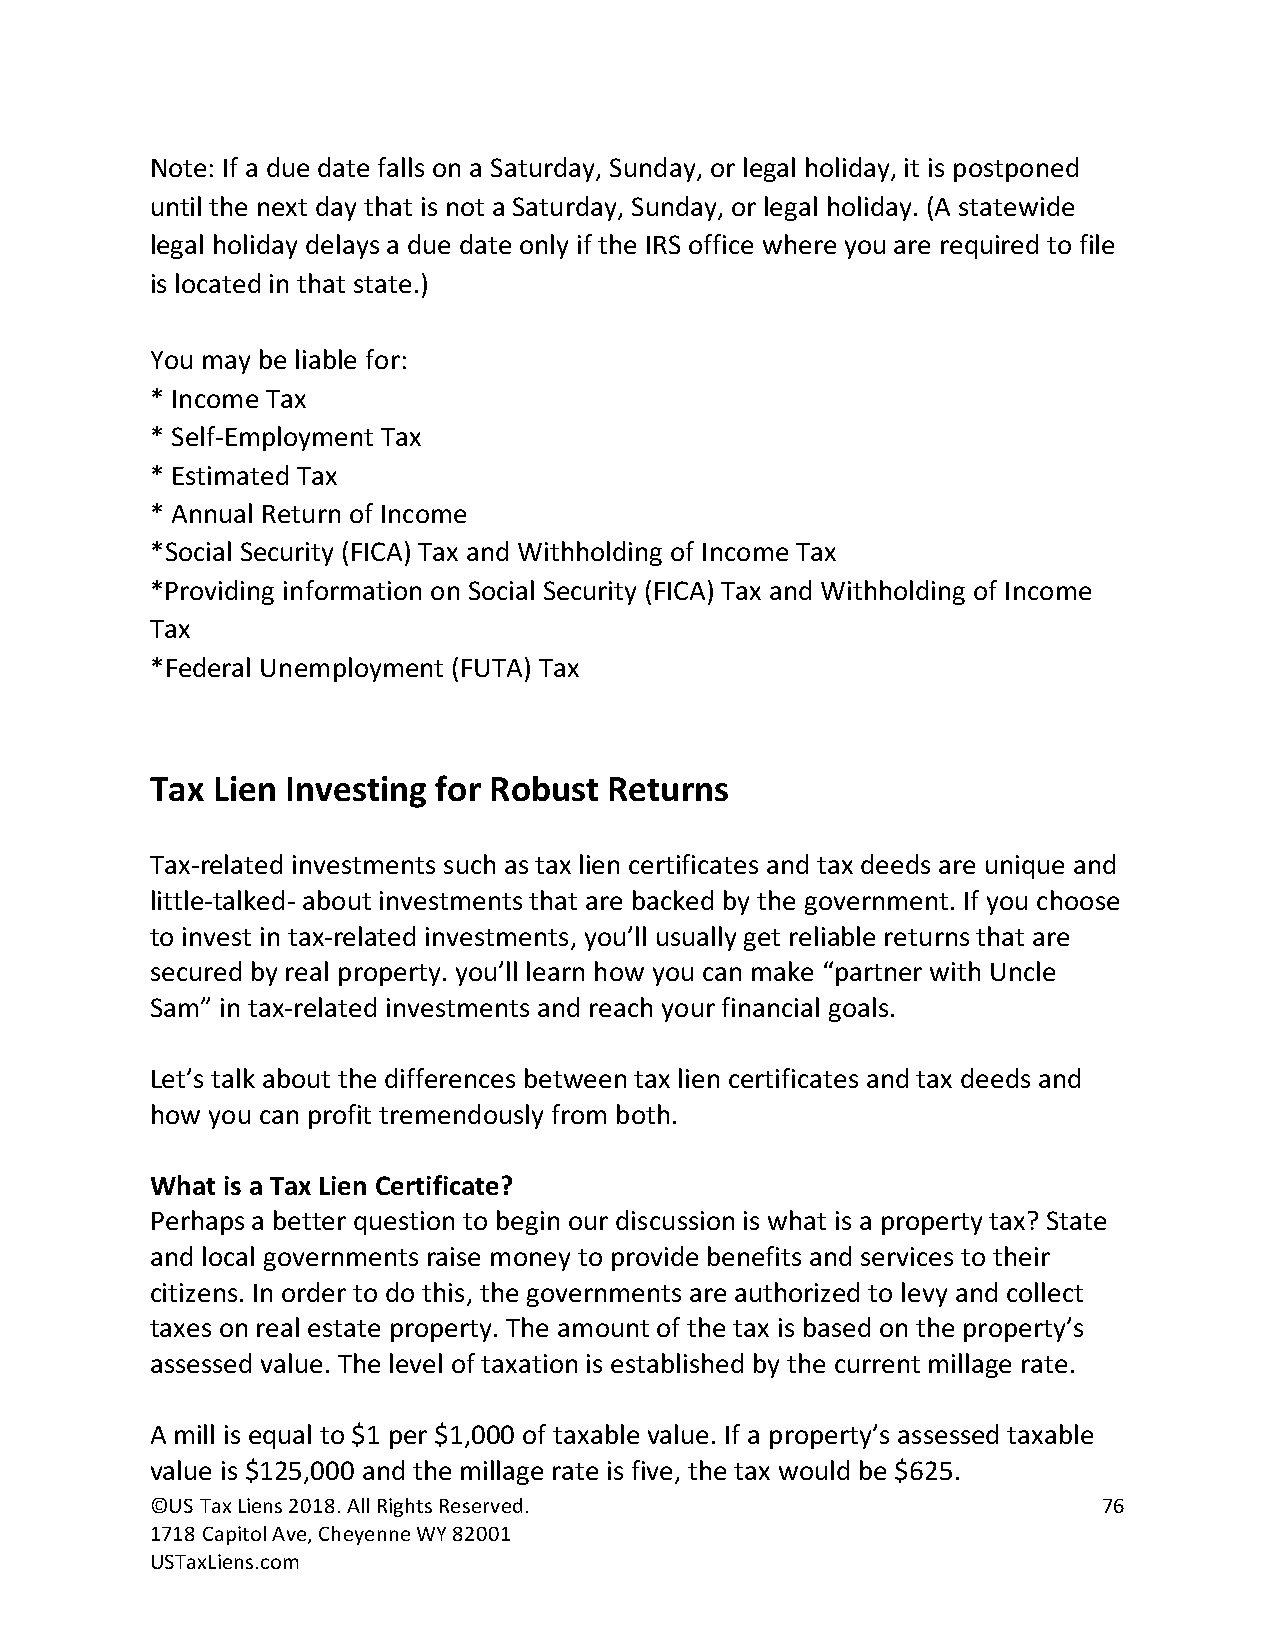
Note: If a due date falls on a Saturday, Sunday, or legal holiday, it is postponed
 until the next day that is not a Saturday, Sunday, or legal holiday. (A statewide
 legal holiday delays a due date only if the IRS office where you are required to file
 is located in that state.)
 You may be liable for:
 * Income Tax
 * Self-Employment Tax
 * Estimated Tax
 * Annual Return of Income
 *Social Security (FICA) Tax and Withholding of Income Tax
 *Providing information on Social Security (FICA) Tax and Withholding of Income
 Tax
 *Federal Unemployment (FUTA) Tax
 Tax Lien Investing for Robust Returns
 Tax-related investments such as tax lien certificates and tax deeds are unique and
 little-talked- about investments that are backed by the government. If you choose
 to invest in tax-related investments, you’ll usually get reliable returns that are
 secured by real property. you’ll learn how you can make “partner with Uncle
 Sam” in tax-related investments and reach your financial goals.
 Let’s talk about the differences between tax lien certificates and tax deeds and
 how you can profit tremendously from both.
 What is a Tax Lien Certificate?
 Perhaps a better question to begin our discussion is what is a property tax? State
 and local governments raise money to provide benefits and services to their
 citizens. In order to do this, the governments are authorized to levy and collect
 taxes on real estate property. The amount of the tax is based on the property’s
 assessed value. The level of taxation is established by the current millage rate.
 A mill is equal to $1 per $1,000 of taxable value. If a property’s assessed taxable
 value is $125,000 and the millage rate is five, the tax would be $625.
 ©US Tax Liens 2018. All Rights Reserved.                       76
 1718 Capitol Ave, Cheyenne WY 82001
 USTaxLiens.com